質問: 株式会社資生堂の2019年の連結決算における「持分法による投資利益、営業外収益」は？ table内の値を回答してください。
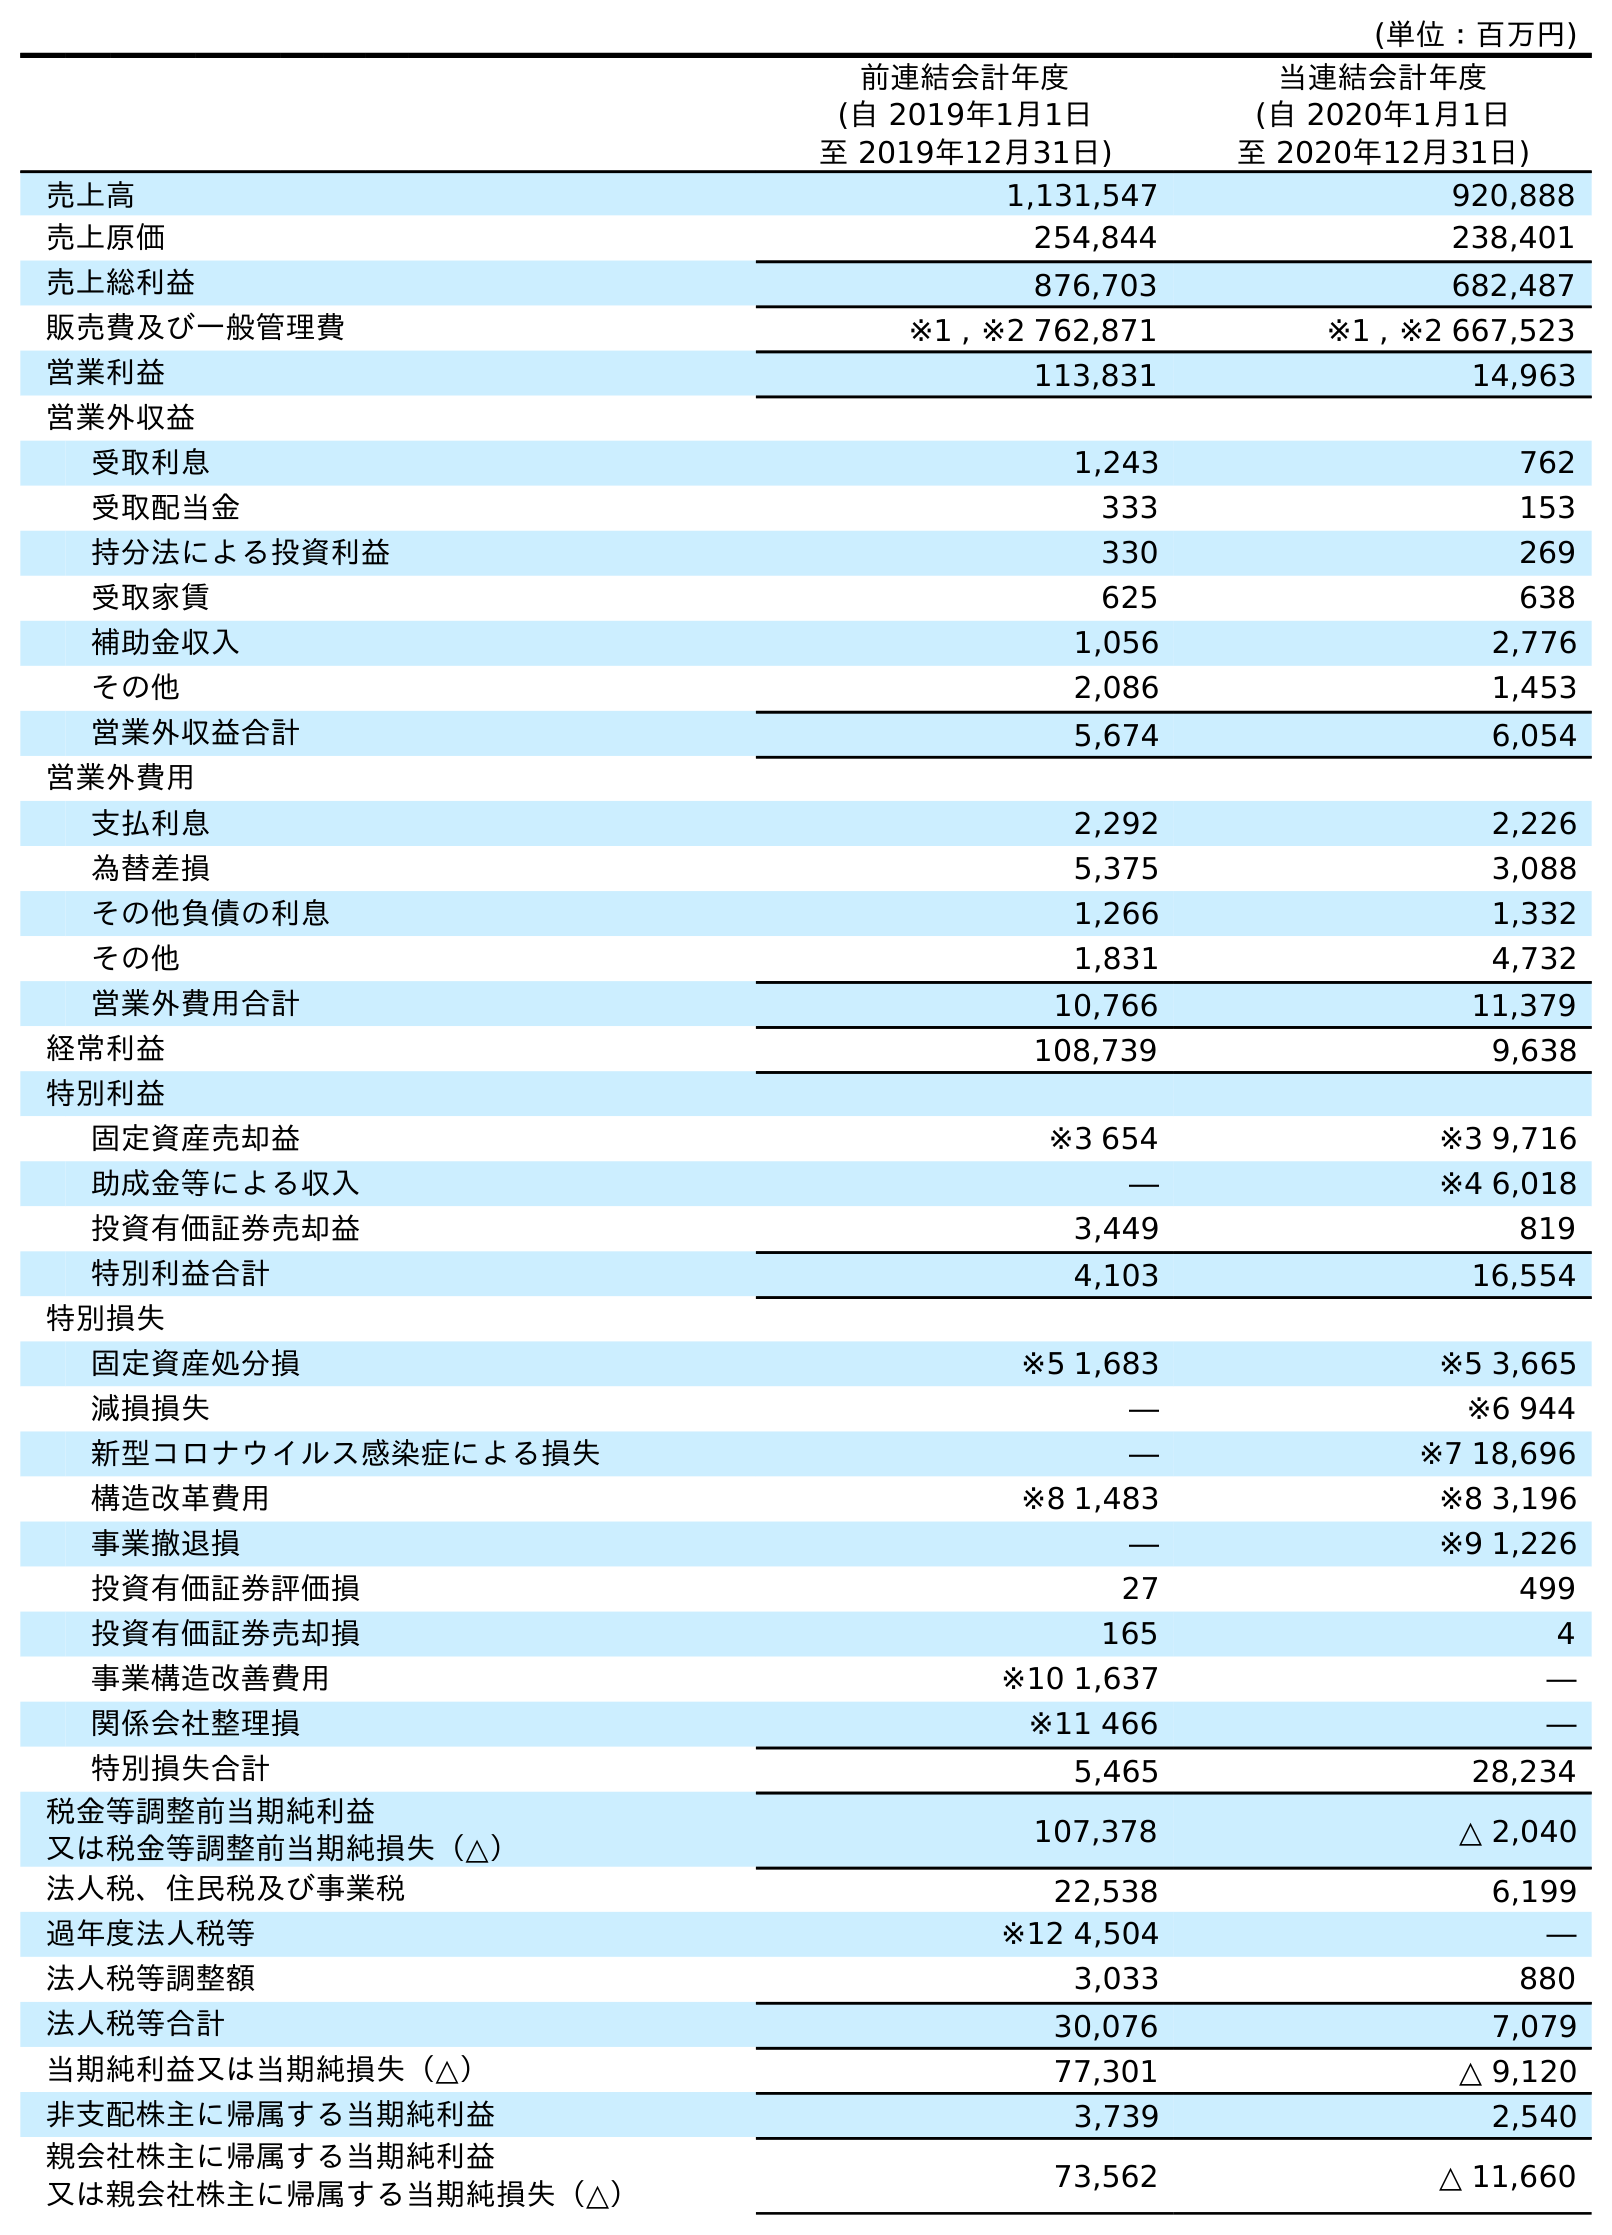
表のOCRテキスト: (単位：百万円) 前連結会計年度 (自 2019年1月1日 至 2019年12月31日) 当連結会計年度 (自 2020年1月1日 至 2020年12月31日) 売上高 1,131,547 920,888 売上原価 254,844 238,401 売上総利益 876,703 682,487 販売費及び一般管理費 ※1 , ※2 762,871 ※1 , ※2 667,523 営業利益 113,831 14,963 営業外収益 受取利息 1,243 762 受取配当金 333 153 持分法による投資利益 330 269 受取家賃 625 638 補助金収入 1,056 2,776 その他 2,086 1,453 営業外収益合計 5,674 6,054 営業外費用 支払利息 2,292 2,226 為替差損 5,375 3,088 その他負債の利息 1,266 1,332 その他 1,831 4,732 営業外費用合計 10,766 11,379 経常利益 108,739 9,638 特別利益 固定資産売却益 ※3 654 ※3 9,716 助成金等による収入 ― ※4 6,018 投資有価証券売却益 3,449 819 特別利益合計 4,103 16,554 特別損失 固定資産処分損 ※5 1,683 ※5 3,665 減損損失 ― ※6 944 新型コロナウイルス感染症による損失 ― ※7 18,696 構造改革費用 ※8 1,483 ※8 3,196 事業撤退損 ― ※9 1,226 投資有価証券評価損 27 499 投資有価証券売却損 165 4 事業構造改善費用 ※10 1,637 ― 関係会社整理損 ※11 466 ― 特別損失合計 5,465 28,234 税金等調整前当期純利益 又は税金等調整前当期純損失（△） 107,378 △ 2,040 法人税、住民税及び事業税 22,538 6,199 過年度法人税等 ※12 4,504 ― 法人税等調整額 3,033 880 法人税等合計 30,076 7,079 当期純利益又は当期純損失（△） 77,301 △ 9,120 非支配株主に帰属する当期純利益 3,739 2,540 親会社株主に帰属する当期純利益 又は親会社株主に帰属する当期純損失（△） 73,562 △ 11,660
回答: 330